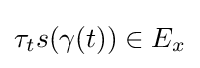
\tau _{t}s(\gamma (t))\in E_{x}